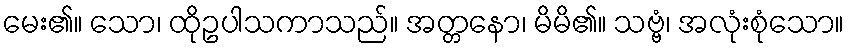
မေး၏။ သော၊ ထိုဥပါသကာသည်။ အတ္တနော၊ မိမိ၏။ သဗ္ဗံ၊ အလုံးစုံသော။